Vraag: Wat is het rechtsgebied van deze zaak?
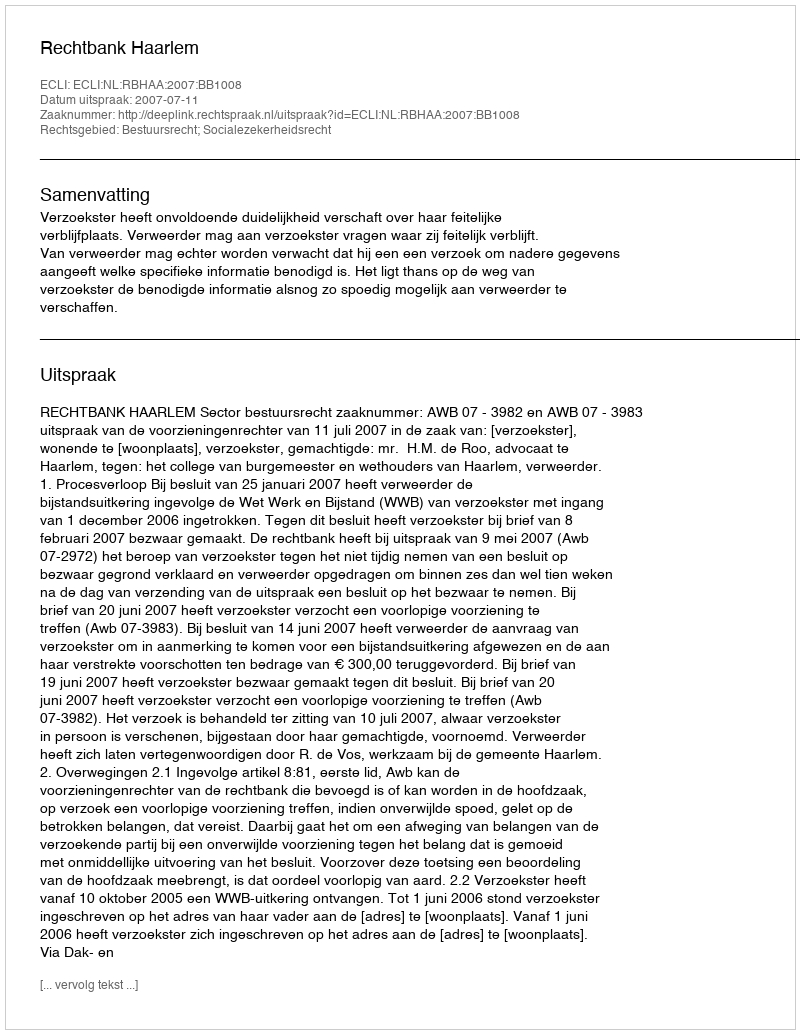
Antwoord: Bestuursrecht; Socialezekerheidsrecht